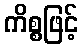
ကိစ္စဖြင့်